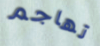
تهاجم